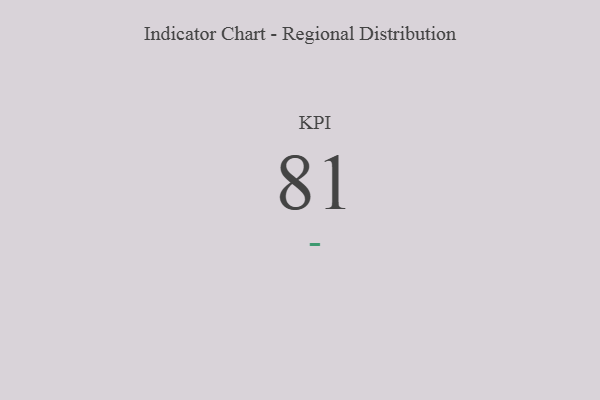
{"axis": {"x": "KPI", "y": "Value"}, "legend": [""], "data": [{"x": "KPI", "y": 81, "type": ""}]}